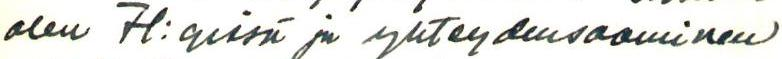
olen H:gissä ja yhteydensaaminen